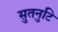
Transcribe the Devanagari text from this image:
सुतनुटि